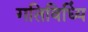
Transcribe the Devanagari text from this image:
गतिविध्यिं